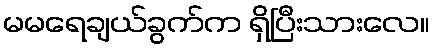
မမရေချယ်ခွက်က ရှိပြီးသားလေ။